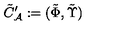
\tilde { C } _ { \cal A } ^ { \prime } : = ( \tilde { \Phi } , \tilde { \Upsilon } )